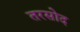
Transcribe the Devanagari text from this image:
तरसोद